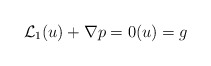
\begin{align*} \mathcal{L}_1 (u) +\nabla p =0 (u) =g\end{align*}